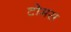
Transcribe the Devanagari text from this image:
टोमस